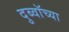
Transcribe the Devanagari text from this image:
दुब्वॉच्या